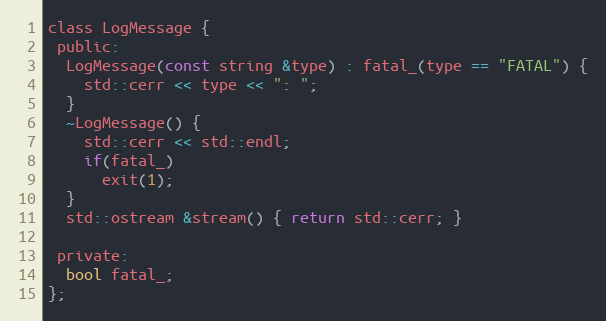
Language: C
class LogMessage {
 public:
  LogMessage(const string &type) : fatal_(type == "FATAL") {
    std::cerr << type << ": ";
  }
  ~LogMessage() {
    std::cerr << std::endl;
    if(fatal_)
      exit(1);
  }
  std::ostream &stream() { return std::cerr; }

 private:
  bool fatal_;
};